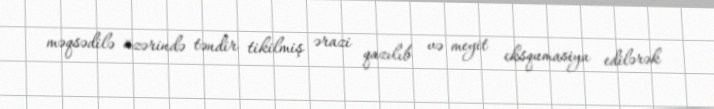
məqsədilə üzərində təndir tikilmiş ərazi qazılıb və meyit eksqumasiya edilərək